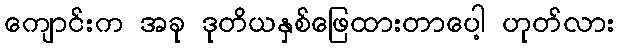
ကျောင်းက အခု ဒုတိယနှစ်ဖြေထားတာပေါ့ ဟုတ်လား